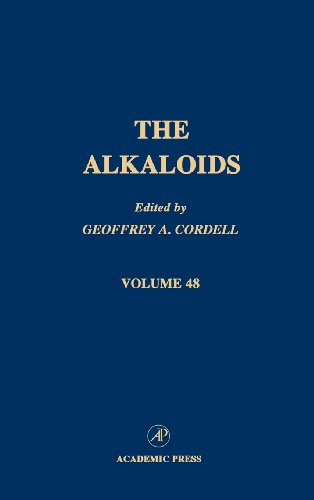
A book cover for The Alkaloids: Chemistry and Pharmacology, Vol. 48; Science & Math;